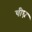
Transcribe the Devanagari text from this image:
षीघ्र